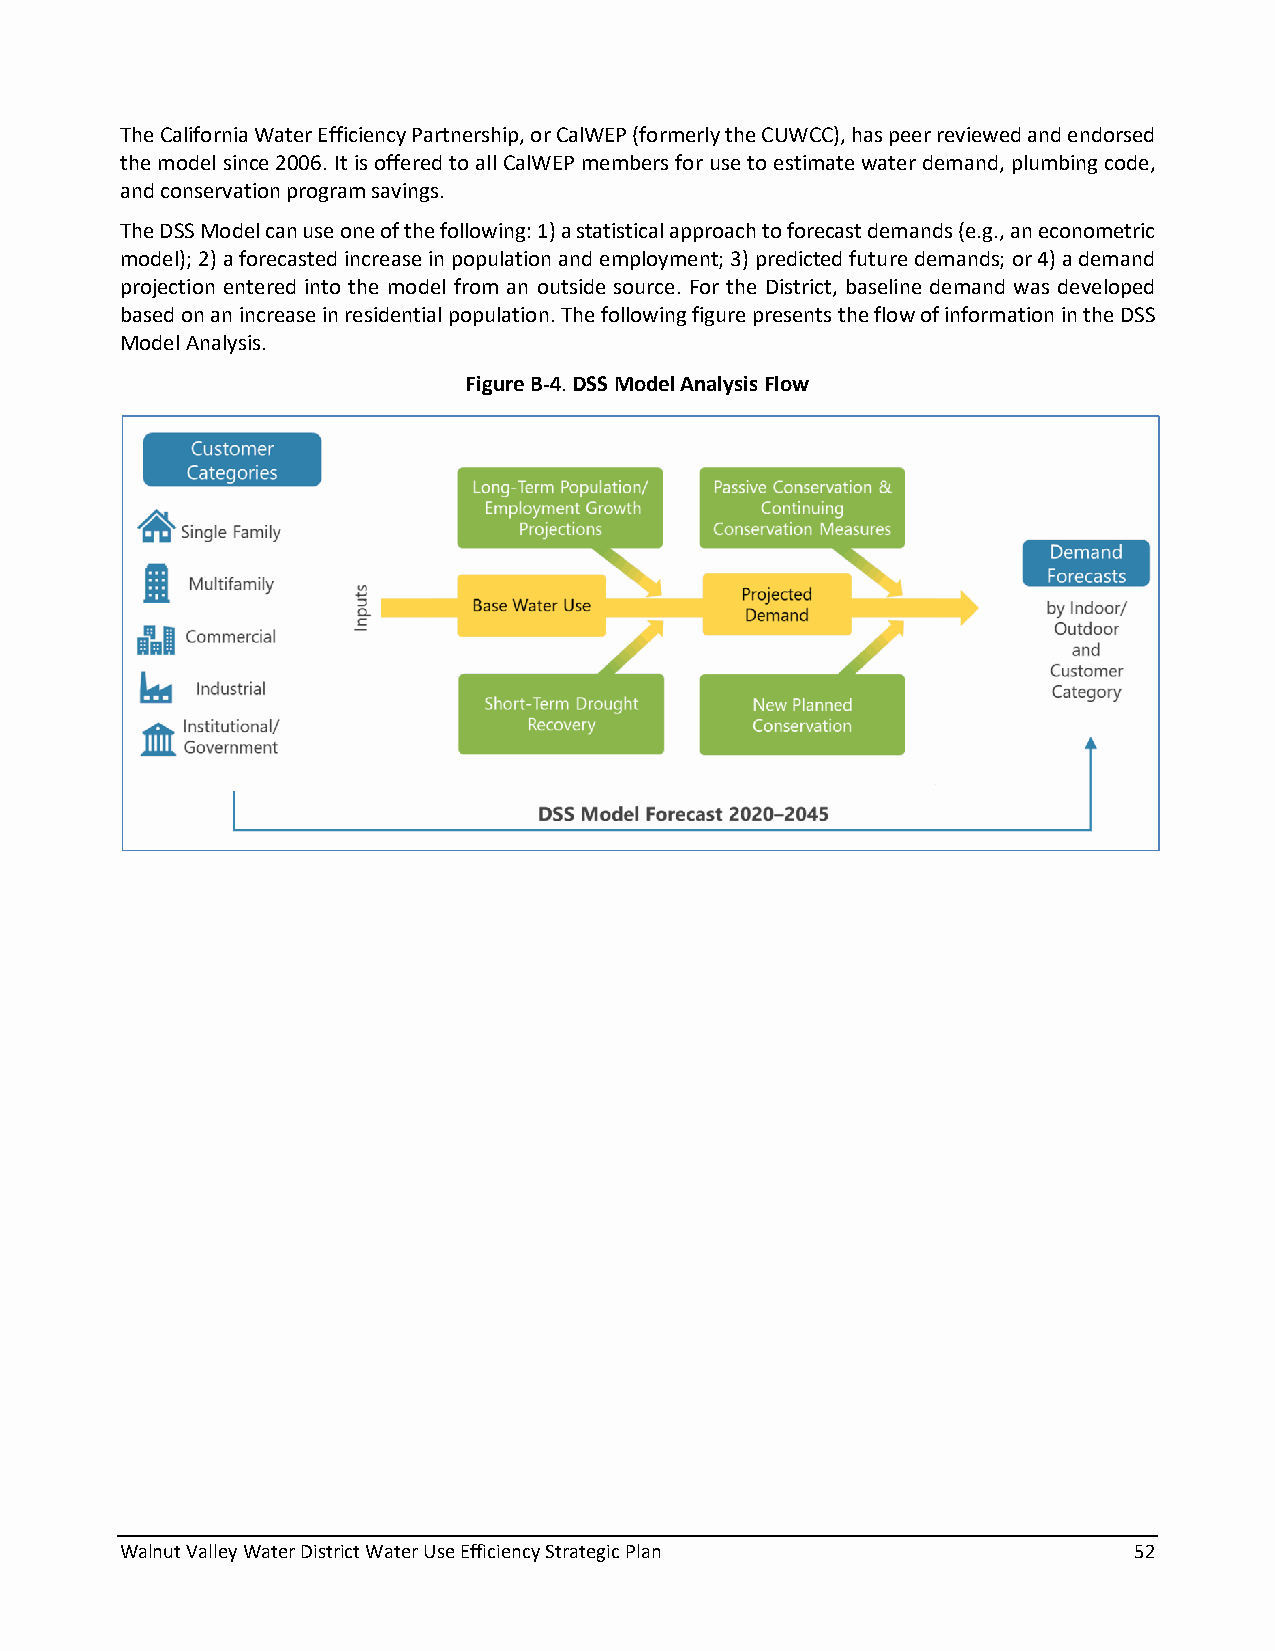
The California Water Efficiency Partnership, or CalWEP (formerly the CUWCC), has peer reviewed and endorsed
 the model since 2006. It is offered to all CalWEP members for use to estimate water demand, plumbing code,
 and conservation program savings.
 The DSS Model can use one of the following: 1) a statistical approach to forecast demands (e.g., an econometric
 model); 2) a forecasted increase in population and employment; 3) predicted future demands; or 4) a demand
 projection entered into the model from an outside source. For the District, baseline demand was developed
 based on an increase in residential population. The following figure presents the flow of information in the DSS
 Model Analysis.
 Figure B-4. DSS Model Analysis Flow
 Walnut Valley Water District Water Use Efficiency Strategic Plan   52